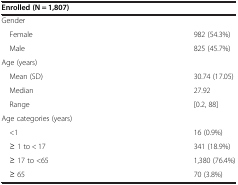
<table><thead><tr><td colspan="2"><b>Enrolled (N = 1,807)</b></td></tr></thead><tbody><tr><td colspan="2">Gender</td></tr><tr><td> Female</td><td>982 (54.3%)</td></tr><tr><td> Male</td><td>825 (45.7%)</td></tr><tr><td colspan="2">Age (years)</td></tr><tr><td> Mean (SD)</td><td>30.74 (17.05)</td></tr><tr><td> Median</td><td>27.92</td></tr><tr><td> Range</td><td>[0.2, 88]</td></tr><tr><td colspan="2">Age categories (years)</td></tr><tr><td> &lt;1</td><td>16 (0.9%)</td></tr><tr><td> ≥ 1 to &lt; 17</td><td>341 (18.9%)</td></tr><tr><td> ≥ 17 to &lt;65</td><td>1,380 (76.4%)</td></tr><tr><td> ≥ 65</td><td>70 (3.8%)</td></tr></tbody></table>